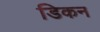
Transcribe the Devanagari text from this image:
डिकन